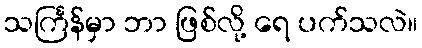
သင်္ကြန်မှာ ဘာ ဖြစ်လို့ ရေ ပက်သလဲ။